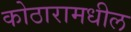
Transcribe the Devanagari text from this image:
कोठारामधील